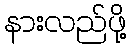
နားလည်ဖို့